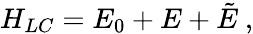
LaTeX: H_{LC}=E_{0}+E+\tilde{E}~,